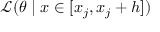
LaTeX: { \mathcal { L } } ( \theta \mid x \in [ x _ { j } , x _ { j } + h ] )